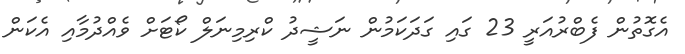
އެގޮތުން ފެބްރުއަރީ 23 ގައި ގަދަކަމުން ނަޝީދު ކްރިމިނަލް ކޯޓަށް ވެއްދުމާއި އެކަން